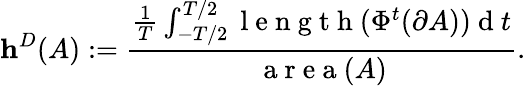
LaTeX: \mathbf{h}^{D}(A):=\frac{\frac{1}{T}\int_{-T/2}^{T/2}\mathrm{~l~e~n~g~t~h~}(\Phi^{t}(\partial A))\mathrm{~d~}t}{\mathrm{~a~r~e~a~}(A)}.